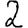
Digit: 2